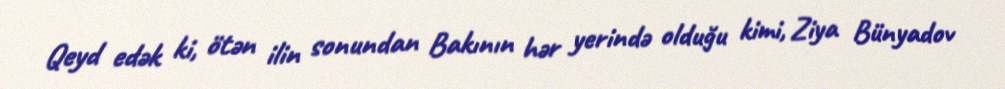
Qeyd edək ki, ötən ilin sonundan Bakının hər yerində olduğu kimi, Ziya Bünyadov